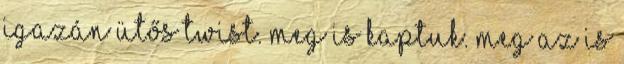
igazán ütős twist. Meg is kaptuk. Meg az is